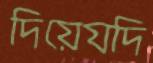
দিয়েযদি